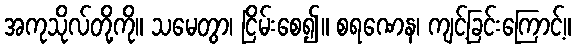
အကုသိုလ်တို့ကို။ သမေတွာ၊ ငြိမ်းစေ၍။ စရဏေန၊ ကျင့်ခြင်းကြောင့်။